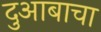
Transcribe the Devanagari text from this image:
दुआबाचा